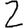
Digit: 2